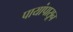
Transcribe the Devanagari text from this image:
पायांपासून